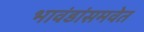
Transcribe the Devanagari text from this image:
भावंडांसमवेत